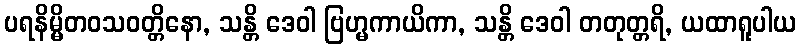
ပရနိမ္မိတဝသဝတ္တိနော, သန္တိ ဒေဝါ ဗြဟ္မကာယိကာ, သန္တိ ဒေဝါ တတုတ္တရိ, ယထာရူပါယ